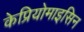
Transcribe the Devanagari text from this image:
केप्रियोमाइसिन